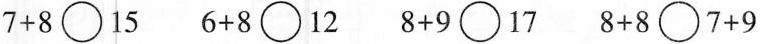
7+8\bigcirc15 6+8\bigcirc12 8+9\bigcirc17 8+8\bigcirc7+9